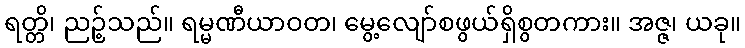
ရတ္တိ၊ ညဉ့်သည်။ ရမ္မဏီယာဝတ၊ မွေ့လျော်စဖွယ်ရှိစွတကား။ အဇ္ဇ၊ ယခု။